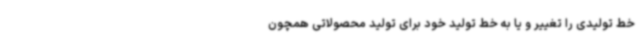
خط تولیدی را تغییر و یا به خط تولید خود برای تولید محصولاتی همچون